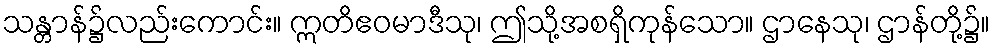
သန္တာန်၌လည်းကောင်း။ ဣတိဧဝမာဒီသု၊ ဤသို့အစရှိကုန်သော။ ဌာနေသု၊ ဌာန်တို့၌။